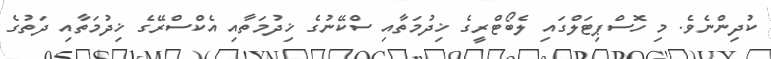
ކުދިންނެވެ. މި ހޮސްޕިޓަލްގައި ލެބޯޓްރީގެ ޚިދުމަތާއި ސްކޭނުގެ ޚިދުމަތާއި އެކްސްރޭގެ ޚިދުމަތާއި ދަތުގެ